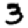
Digit: 3